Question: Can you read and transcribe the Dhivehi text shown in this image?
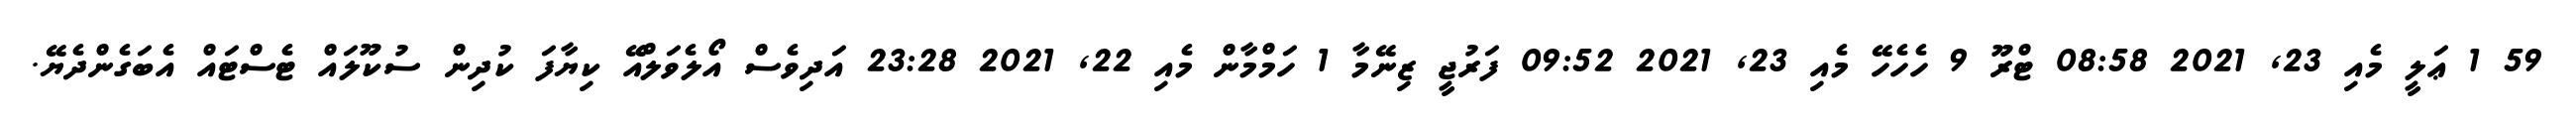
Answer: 59 1 ޢަލީ މެއި 23, 2021 08:58 ޓްރޫ 9 ހެހެހޭ މެއި 23, 2021 09:52 ފަރުޖީ ޒިނޭމާ 1 ހަމްމާން މެއި 22, 2021 23:28 އަދިވެސް އޯލެވަލްއޭ ކިޔާފަ ކުދިން ސުކޫލައް ޓެސްޓައް އެބަގެންދެޔޭ.